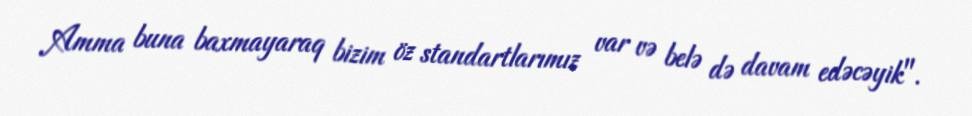
Amma buna baxmayaraq bizim öz standartlarımız var və belə də davam edəcəyik".